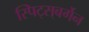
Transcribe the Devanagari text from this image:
स्पिट्स्‌बर्गेन